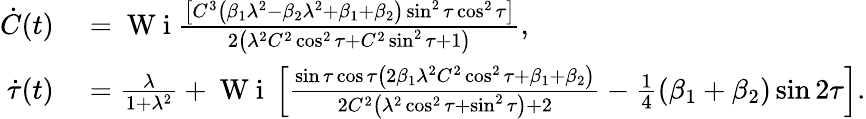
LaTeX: \begin{array}{rl}{\dot{C}(t)}&{{}=\mathrm{~W~i~}\frac{\left[C^{3}\left(\beta_{1}\lambda^{2}-\beta_{2}\lambda^{2}+\beta_{1}+\beta_{2}\right)\sin^{2}\tau\cos^{2}\tau\right]}{2\left(\lambda^{2}C^{2}\cos^{2}\tau+C^{2}\sin^{2}\tau+1\right)},}\\ {\dot{\tau}(t)}&{{}=\frac{\lambda}{1+\lambda^{2}}+\mathrm{~W~i~}\left[\frac{\sin\tau\cos\tau\left(2\beta_{1}\lambda^{2}C^{2}\cos^{2}\tau+\beta_{1}+\beta_{2}\right)}{2C^{2}\left(\lambda^{2}\cos^{2}\tau+\sin^{2}\tau\right)+2}-\frac{1}{4}(\beta_{1}+\beta_{2})\sin 2\tau\right].}\end{array}